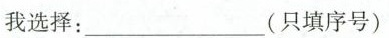
我选择:___(只填序号)